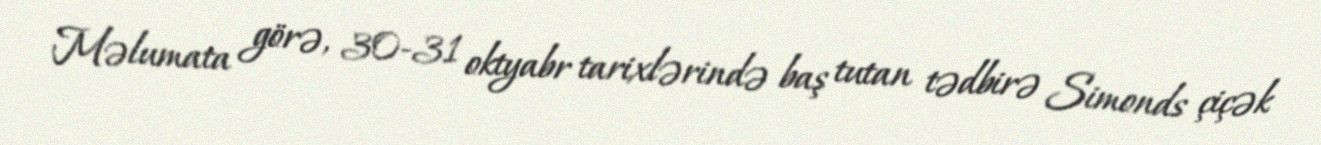
Məlumata görə, 30-31 oktyabr tarixlərində baş tutan tədbirə Simonds çiçək